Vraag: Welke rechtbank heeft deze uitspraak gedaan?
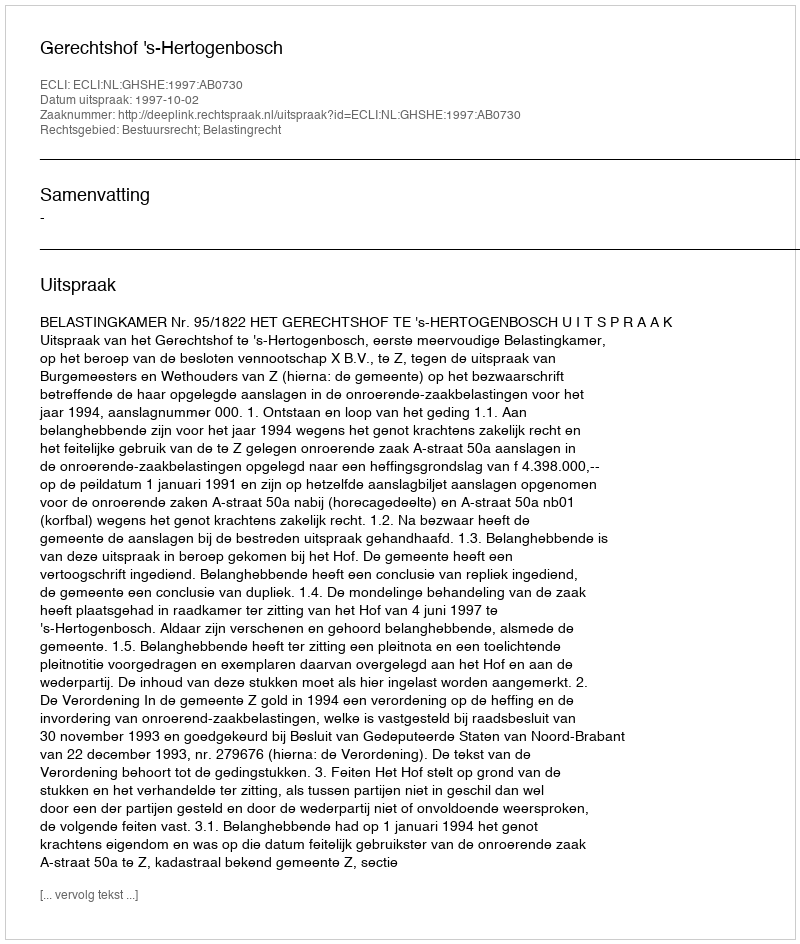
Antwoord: Gerechtshof 's-Hertogenbosch